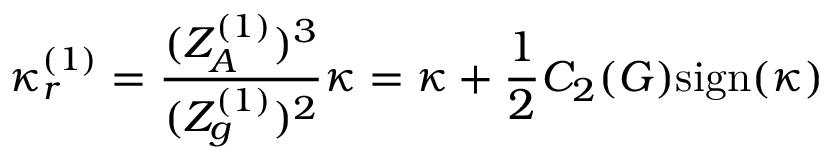
\kappa _ { r } ^ { ( 1 ) } = \frac { ( Z _ { A } ^ { ( 1 ) } ) ^ { 3 } } { ( Z _ { g } ^ { ( 1 ) } ) ^ { 2 } } \kappa = \kappa + \frac { 1 } { 2 } C _ { 2 } ( G ) \mathrm { s i g n } ( \kappa )